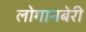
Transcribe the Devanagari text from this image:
लोगानबेरी